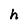
Character: h